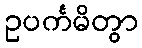
ဥပင်္ကမိတွာ